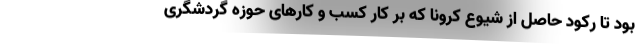
بود تا رکود حاصل از شیوع کرونا که بر کار کسب و کارهای حوزه گردشگری